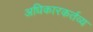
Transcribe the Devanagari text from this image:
अधिकारकर्तव्य